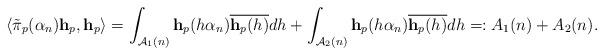
LaTeX: \begin{align*} \langle \tilde{\pi}_p(\alpha_n)\mathbf h_p, \mathbf h_p\rangle = \int_{\mathcal A_1(n)} \mathbf h_p(h\alpha_n)\overline{\mathbf h_p(h)} dh + \int_{\mathcal A_2(n)} \mathbf h_p(h\alpha_n)\overline{\mathbf h_p(h)} dh =: A_1(n) + A_2(n).\end{align*}